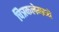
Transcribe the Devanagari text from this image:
चित्रकलेमध्ये